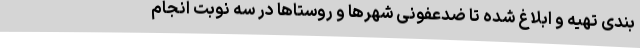
بندی تهیه و ابلاغ شده تا ضدعفونی شهرها و روستاها در سه نوبت انجام